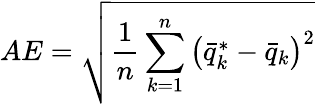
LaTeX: AE=\sqrt{\frac{1}{n}\sum_{k=1}^{n}\left(\bar{q}_{k}^{*}-\bar{q}_{k}\right)^{2}}